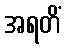
အရတိံ